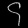
Digit: ၄